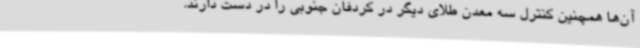
آن‌ها همچنین کنترل سه معدن طلای دیگر در کردفان جنوبی را در دست دارند.